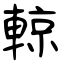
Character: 輬